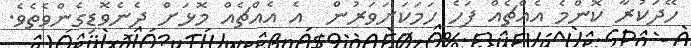
ހޭދަކުރާ ކޮންމެ އެއްޗެއް ފަހެ ހަމަކަށަވަރުން  އެ އެއްޗެއް މޮޅަށް ދެނެވޮޑިގެންވެތެވެ.